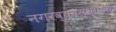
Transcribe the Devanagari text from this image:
नगरव्यवस्थापक